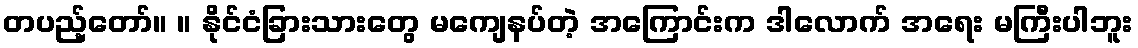
တပည့်တော်။ ။ နိုင်ငံခြားသားတွေ မကျေနပ်တဲ့ အကြောင်းက ဒါလောက် အရေး မကြီးပါဘူး